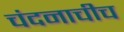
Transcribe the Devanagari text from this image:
चंदनाचीच